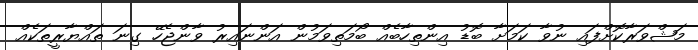
މަޝްވަރާކޮށްފައި ނުވާ ކަމަށާ ބޮޑު އިންތިހާބެއް ބޯމަތިވަމުން އަަންނައިރު ވާންޖެހޭ ގިނަ ތައްޔާރީތަކެއް